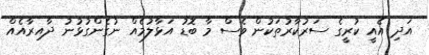
އަދި އެއީ ކުރީގެ ސަރުކާރުތަކުން ވެސް މާ ބޮޑު އަޅާލުމެއް ނުގެންގުޅުނު ދާއިރާއެއް